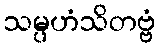
သမ္ပဟံသိတဗ္ဗံ